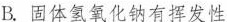
B.固体氢氧化钠有挥发性